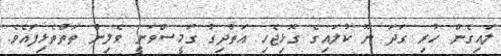
ލައިގެން ހުރި ގަދަ ނޫ ކުލައިގެ ގޮޅިޖެހި އަތްދިގު ގަމީސްވަނީ ވެލިން ތަތްތެޅިފައެވެ.